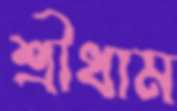
শ্রীধাম